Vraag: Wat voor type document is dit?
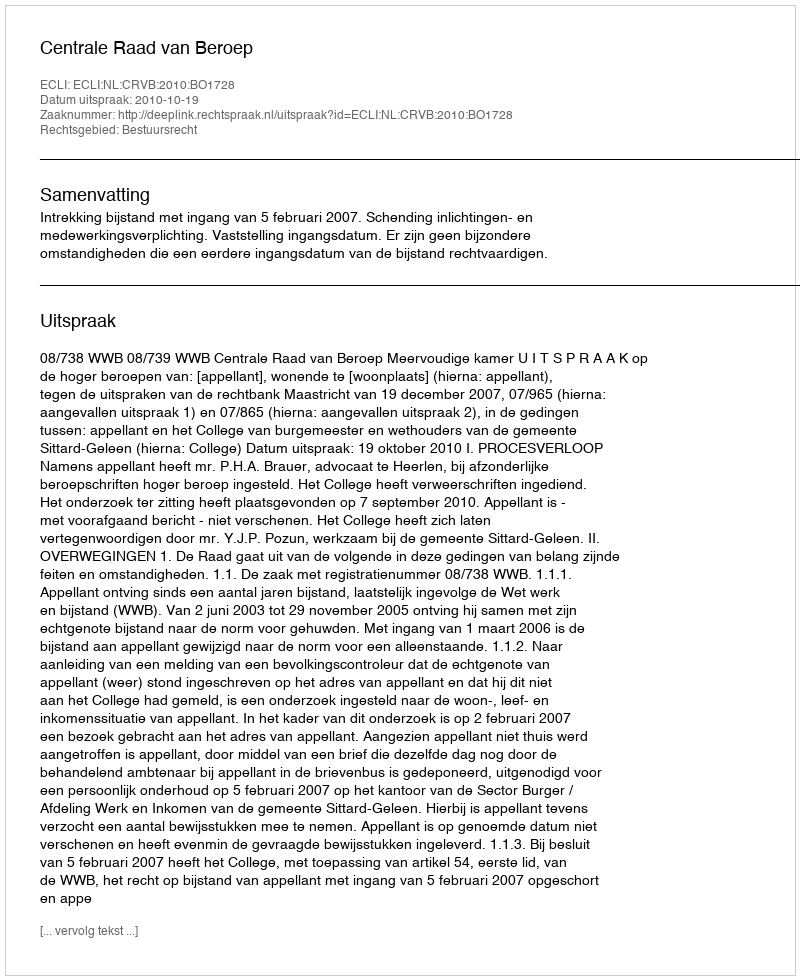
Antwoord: Uitspraak